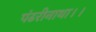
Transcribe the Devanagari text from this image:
पंढरीनाथा।।